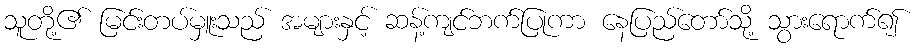
သူတို့၏ မြင်းတပ်မှူးသည် အများနှင့် ဆန့်ကျင်ဘက်ပြုကာ နေပြည်တော်သို့ သွားရောက်၍